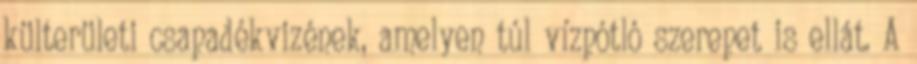
külterületi csapadékvizének, amelyen túl vízpótló szerepet is ellát. A